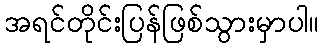
အရင်တိုင်းပြန်ဖြစ်သွားမှာပါ။